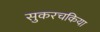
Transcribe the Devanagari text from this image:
सुकरचकिया